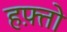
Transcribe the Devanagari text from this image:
हफ़्तो